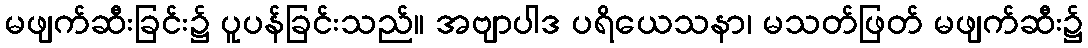
မဖျက်ဆီးခြင်း၌ ပူပန်ခြင်းသည်။ အဗျာပါဒ ပရိယေသနာ၊ မသတ်ဖြတ် မဖျက်ဆီး၌